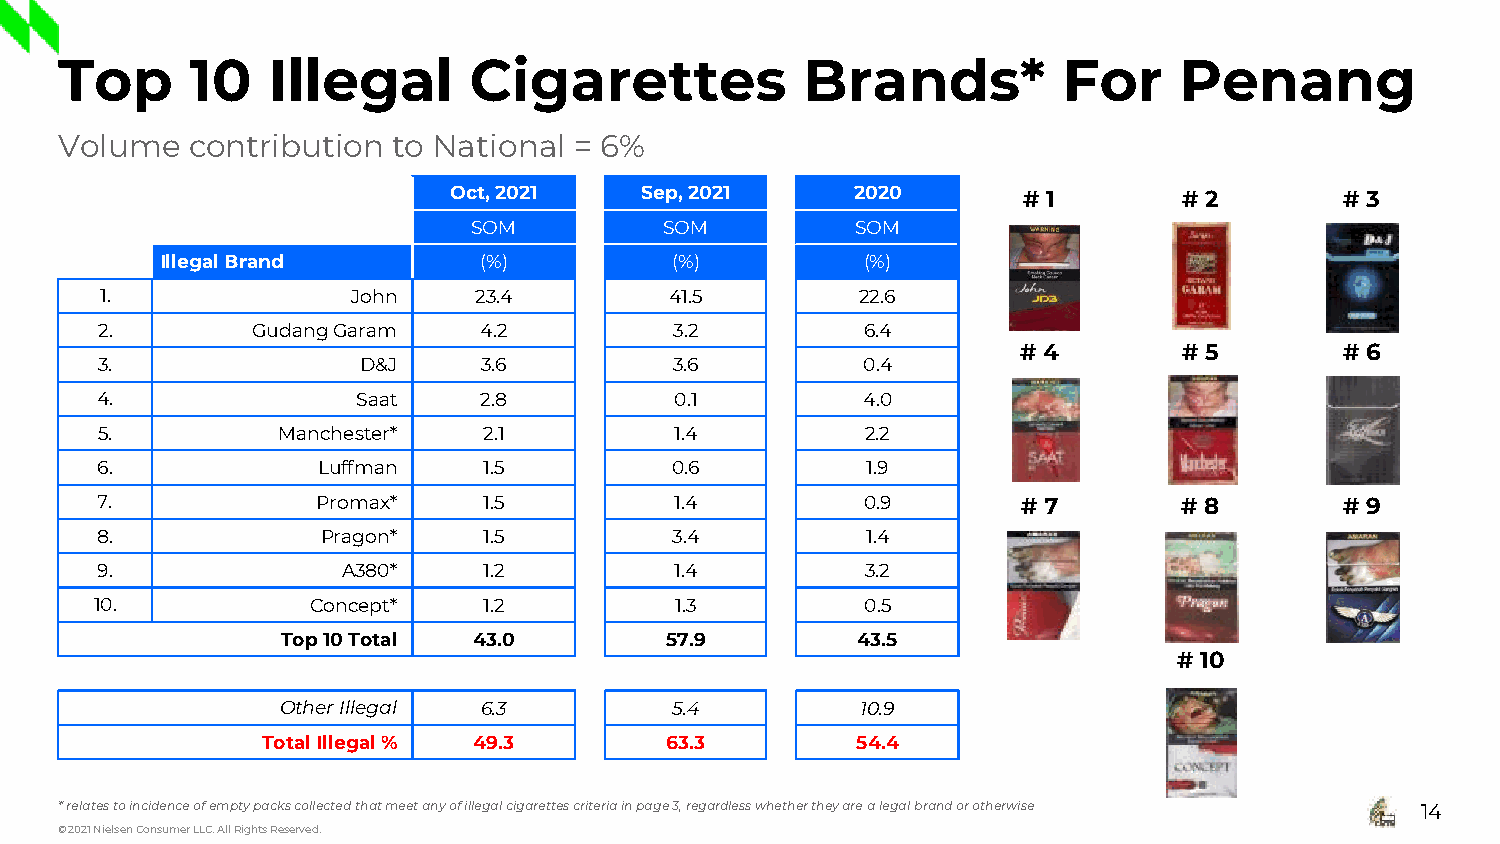
Top      10   Illegal      Cigarettes            Brands*          For     Penang
 Volume   contribution to National = 6%
 Oct, 2021   Sep, 2021      2020       # 1       # 2        # 3
 SOM          SOM          SOM
 Illegal Brand        (%)         (%)          (%)
 1.              John    23.4         41.5         22.6
 2.         GudangGaram    4.2          3.2         6.4
 # 4       # 5        # 6
 3.                D&J     3.6          3.6         0.4
 4.                Saat    2.8          0.1         4.0
 5.          Manchester*   2.1          1.4         2.2
 6.             Luffman    1.5         0.6          1.9
 7.             Promax*    1.5          1.4         0.9        # 7       # 8        # 9
 8.             Pragon*    1.5          3.4         1.4
 9.               A380*    1.2          1.4         3.2
 10.            Concept*   1.2          1.3         0.5
 Top 10Total 43.0         57.9         43.5
 # 10
 Other Illegal 6.3         5.4         10.9
 Total Illegal% 49.3        63.3         54.4
 * relates to incidence of empty packs collected that meet any of illegal cigarettes criteria in page 3, regardless whether they are a legal brand or otherwise 14
 © 2021 Nielsen Consumer LLC. All Rights Reserved.